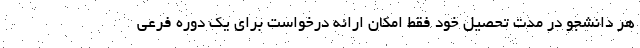
هر دانشجو در مدت تحصیل خود فقط امکان ارائه درخواست برای یک دوره فرعی